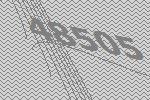
48505